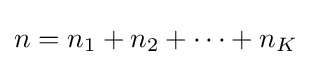
n=n_{1}+n_{2}+\cdots +n_{K}